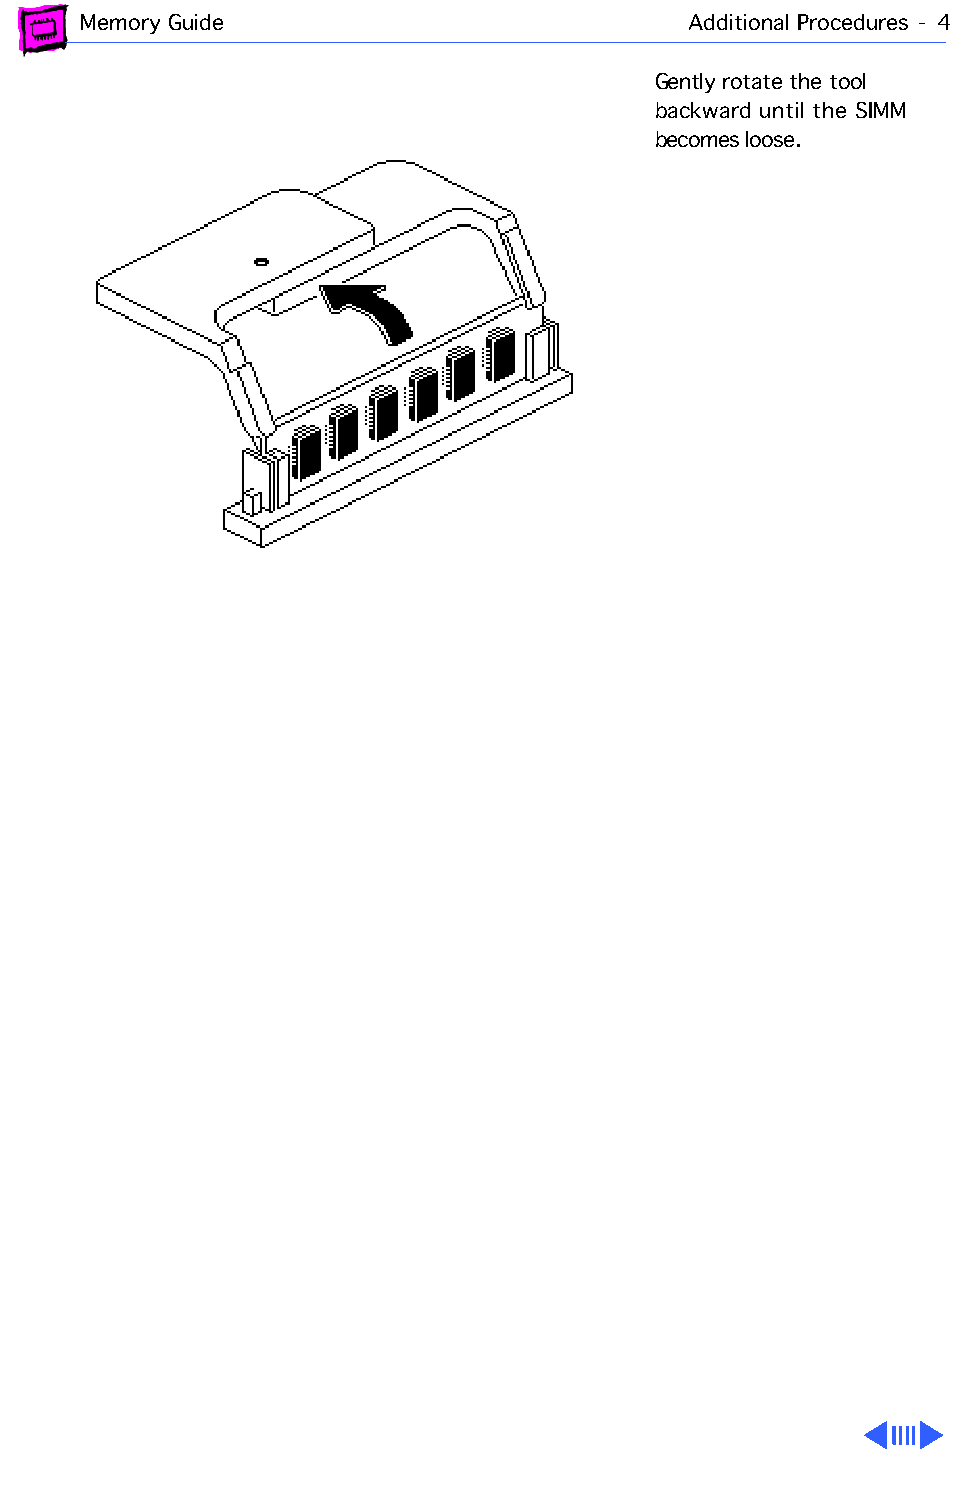
Memory Guide                            Additional Procedures - 4
 Gently rotate the tool
 backward until the SIMM
 becomes loose.